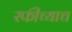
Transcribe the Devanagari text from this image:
रफींच्याच